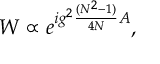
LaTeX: W \propto e ^ { i g ^ { 2 } { \frac { ( N ^ { 2 } - 1 ) } { 4 N } } { \cal A } } ,